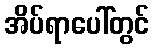
အိပ်ရာပေါ်တွင်